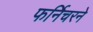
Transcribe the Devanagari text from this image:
फर्निचरने